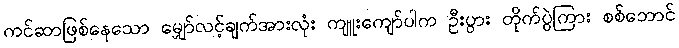
ကင်ဆာဖြစ်နေသော မျှော်လင့်ချက်အားလုံး ကျူးကျော်ပါက ဦးပွား တိုက်ပွဲကြား စစ်ဘောင်